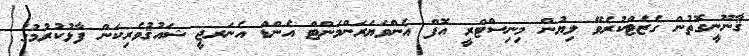
ޤާނޫނީގޮތުން ގެޒެޓްކުރެވޭ ލިޔުން މިނިސްޓްރީ އޮފް އެންވަޔަރަންމަންޓް އެންޑް އެނަރޖީ ޝައުޤުވެރިކަން ފާޅުކުރުމުގެ